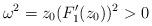
LaTeX: \begin{align*}\omega^2 = z_0(F^{\prime}_1(z_0))^2 > 0\end{align*}